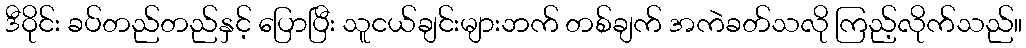
ဒီဝိုင်း ခပ်တည်တည်နှင့် ပြောပြီး သူငယ်ချင်းများဘက် တစ်ချက် အကဲခတ်သလို ကြည့်လိုက်သည်။